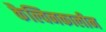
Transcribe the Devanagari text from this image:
कैल्विनकालीन